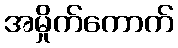
အမှိုက်ကောက်